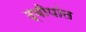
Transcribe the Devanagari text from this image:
द्वीपांत